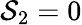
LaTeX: \mathcal{S}_{2}=0